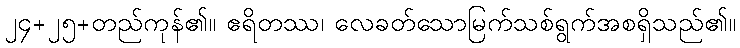
၂၄+၂၅+တည်ကုန်၏။ ဧရိတဿ၊ လေခတ်သောမြက်သစ်ရွက်အစရှိသည်၏။